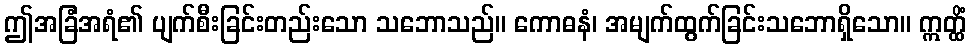
ဤအခြံအရံ၏ ပျက်စီးခြင်းတည်းသော သဘောသည်။ ကောဓနံ၊ အမျက်ထွက်ခြင်းသဘောရှိသော။ ဣတ္ထိံ